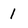
Character: l